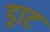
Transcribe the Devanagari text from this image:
ड्राट